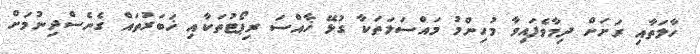
ހާލަތާއި ރަށަށް ދިމާވެފައިވާ މުހިންމު މައްސަލަތަކާ ގުޅޭ ޚާއްސަ ރިޕޯޓުތަކާއި ޚަބަރުތައް ގެނެސްދިނުމަށް